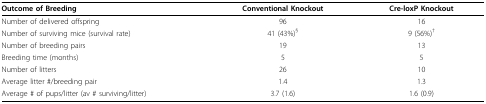
<table><thead><tr><td><b>Outcome of Breeding</b></td><td><b>Conventional Knockout</b></td><td><b>Cre-loxP Knockout</b></td></tr></thead><tbody><tr><td>Number of delivered offspring</td><td>96</td><td>16</td></tr><tr><td>Number of surviving mice (survival rate)</td><td>41 (43%)<sup>§</sup></td><td>9 (56%)<sup>†</sup></td></tr><tr><td>Number of breeding pairs</td><td>19</td><td>13</td></tr><tr><td>Breeding time (months)</td><td>5</td><td>5</td></tr><tr><td>Number of litters</td><td>26</td><td>10</td></tr><tr><td>Average litter #/breeding pair</td><td>1.4</td><td>1.3</td></tr><tr><td>Average # of pups/litter (av # surviving/litter)</td><td>3.7 (1.6)</td><td>1.6 (0.9)</td></tr></tbody></table>